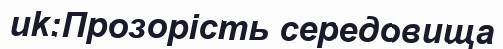
uk:Прозорість середовища